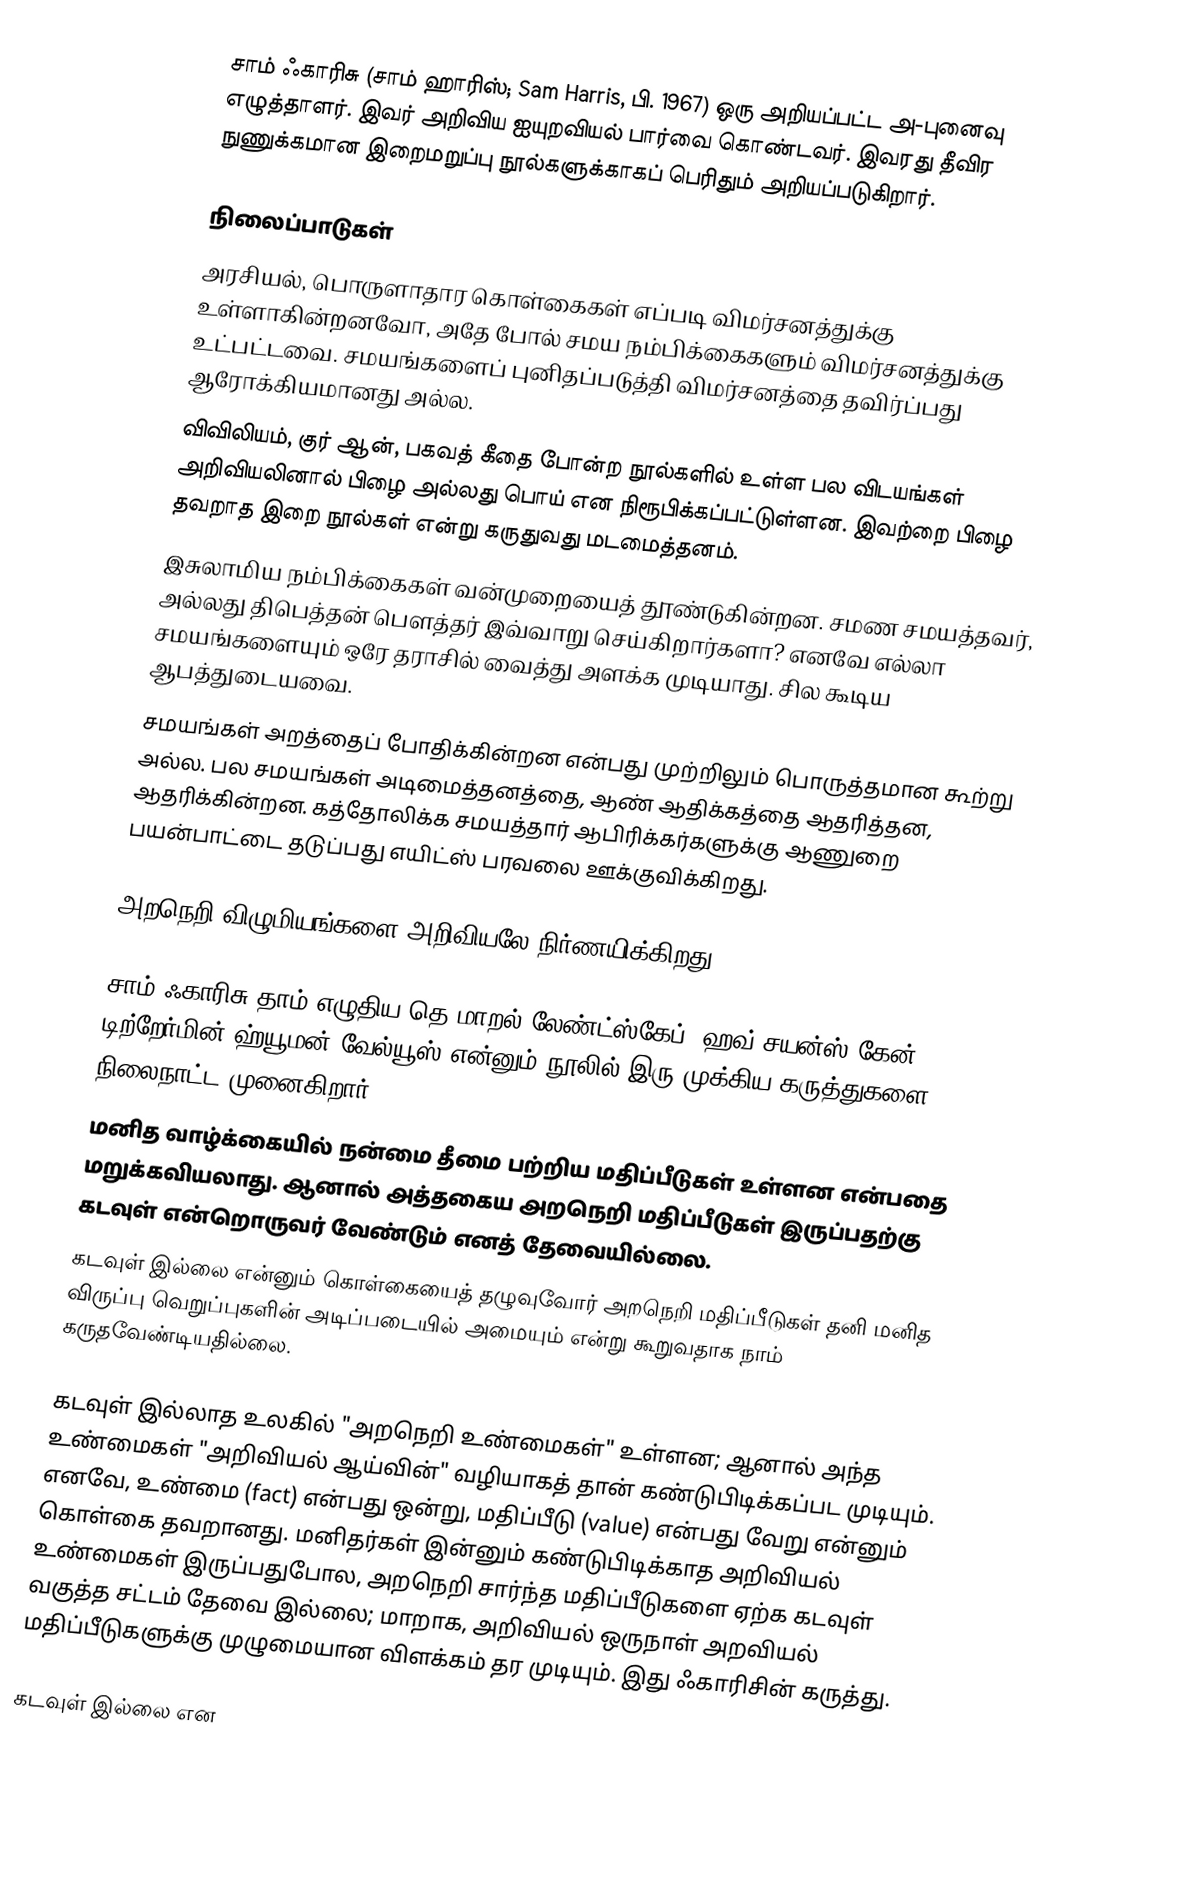
சாம் ஃகாரிசு (சாம் ஹாரிஸ்; Sam Harris, பி. 1967) ஒரு அறியப்பட்ட அ-புனைவு எழுத்தாளர். இவர் அறிவிய ஐயுறவியல் பார்வை கொண்டவர். இவரது தீவிர நுணுக்கமான இறைமறுப்பு நூல்களுக்காகப் பெரிதும் அறியப்படுகிறார்.

நிலைப்பாடுகள்
அரசியல், பொருளாதார கொள்கைகள் எப்படி விமர்சனத்துக்கு உள்ளாகின்றனவோ,  அதே போல் சமய நம்பிக்கைகளும் விமர்சனத்துக்கு உட்பட்டவை.  சமயங்களைப் புனிதப்படுத்தி விமர்சனத்தை தவிர்ப்பது ஆரோக்கியமானது அல்ல.
விவிலியம், குர் ஆன், பகவத் கீதை போன்ற நூல்களில் உள்ள பல விடயங்கள் அறிவியலினால் பிழை அல்லது பொய் என நிரூபிக்கப்பட்டுள்ளன. இவற்றை பிழை தவறாத இறை நூல்கள் என்று கருதுவது மடமைத்தனம்.
இசுலாமிய நம்பிக்கைகள் வன்முறையைத் தூண்டுகின்றன. சமண சமயத்தவர், அல்லது திபெத்தன் பெளத்தர் இவ்வாறு செய்கிறார்களா? எனவே எல்லா சமயங்களையும் ஒரே தராசில் வைத்து அளக்க முடியாது. சில கூடிய ஆபத்துடையவை.
சமயங்கள் அறத்தைப் போதிக்கின்றன என்பது முற்றிலும் பொருத்தமான கூற்று அல்ல. பல சமயங்கள் அடிமைத்தனத்தை, ஆண் ஆதிக்கத்தை ஆதரித்தன, ஆதரிக்கின்றன. கத்தோலிக்க சமயத்தார் ஆபிரிக்கர்களுக்கு ஆணுறை பயன்பாட்டை தடுப்பது எயிட்ஸ் பரவலை ஊக்குவிக்கிறது.

அறநெறி விழுமியங்களை அறிவியலே நிர்ணயிக்கிறது

சாம் ஃகாரிசு தாம் எழுதிய தெ மாறல் லேண்ட்ஸ்கேப்: ஹவ் சயன்ஸ் கேன் டிற்றேர்மின் ஹ்யூமன் வேல்யூஸ் என்னும் நூலில் இரு முக்கிய கருத்துகளை நிலைநாட்ட முனைகிறார்:
மனித வாழ்க்கையில் நன்மை தீமை பற்றிய மதிப்பீடுகள் உள்ளன என்பதை மறுக்கவியலாது. ஆனால் அத்தகைய அறநெறி மதிப்பீடுகள் இருப்பதற்கு கடவுள் என்றொருவர் வேண்டும் எனத் தேவையில்லை.
கடவுள் இல்லை என்னும் கொள்கையைத் தழுவுவோர் அறநெறி மதிப்பீடுகள் தனி மனித விருப்பு வெறுப்புகளின் அடிப்படையில் அமையும் என்று கூறுவதாக நாம் கருதவேண்டியதில்லை.

கடவுள் இல்லாத உலகில் "அறநெறி உண்மைகள்" உள்ளன; ஆனால் அந்த உண்மைகள் "அறிவியல் ஆய்வின்" வழியாகத் தான் கண்டுபிடிக்கப்பட முடியும். எனவே, உண்மை (fact) என்பது ஒன்று, மதிப்பீடு (value) என்பது வேறு என்னும் கொள்கை தவறானது. மனிதர்கள் இன்னும் கண்டுபிடிக்காத அறிவியல் உண்மைகள் இருப்பதுபோல,  அறநெறி சார்ந்த மதிப்பீடுகளை ஏற்க கடவுள் வகுத்த சட்டம் தேவை இல்லை; மாறாக, அறிவியல் ஒருநாள் அறவியல் மதிப்பீடுகளுக்கு முழுமையான விளக்கம் தர முடியும். இது ஃகாரிசின் கருத்து.

கடவுள் இல்லை என